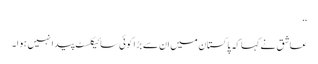
‘‘
عاشق نے کہا کہ پاکستان میں ان سے بڑا کوئی سائیکلسٹ پیدا نہیں ہوا۔